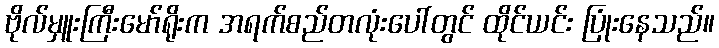
ဗိုလ်မှူးကြီးမော်ရိုးက အရက်စည်တလုံးပေါ်တွင် ထိုင်ယင်း ပြုံးနေသည်။